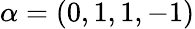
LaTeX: \alpha=(0,1,1,-1)